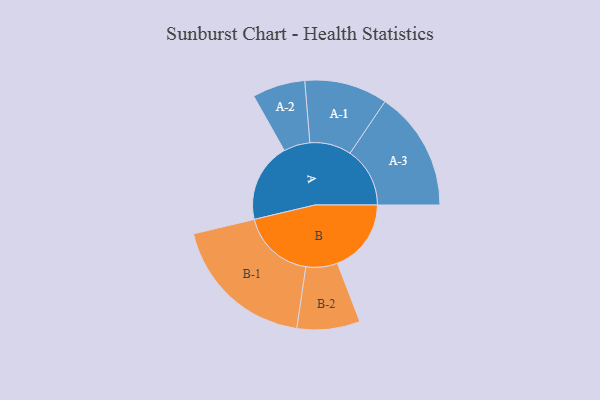
{"axis": {"x": "Segment", "y": "Value"}, "legend": ["", "A", "B"], "data": [{"x": "A", "y": 324, "type": ""}, {"x": "B", "y": 302, "type": ""}, {"x": "A-1", "y": 170, "type": "A"}, {"x": "A-2", "y": 108, "type": "A"}, {"x": "A-3", "y": 245, "type": "A"}, {"x": "B-1", "y": 299, "type": "B"}, {"x": "B-2", "y": 129, "type": "B"}]}